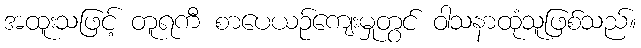
အထူးသဖြင့် တူရကီ စာပေယဉ်ကျေးမှုတွင် ဝါသနာထုံသူဖြစ်သည်။